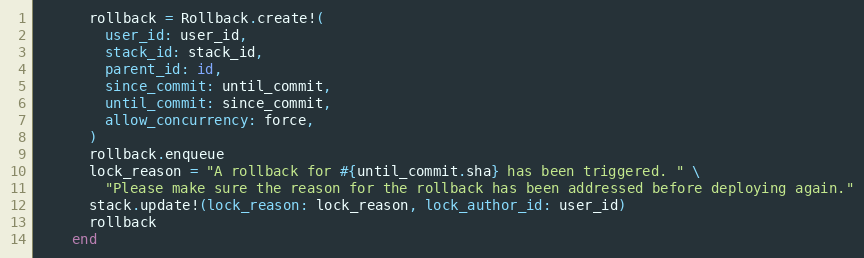
Language: Ruby
      rollback = Rollback.create!(
        user_id: user_id,
        stack_id: stack_id,
        parent_id: id,
        since_commit: until_commit,
        until_commit: since_commit,
        allow_concurrency: force,
      )
      rollback.enqueue
      lock_reason = "A rollback for #{until_commit.sha} has been triggered. " \
        "Please make sure the reason for the rollback has been addressed before deploying again."
      stack.update!(lock_reason: lock_reason, lock_author_id: user_id)
      rollback
    end